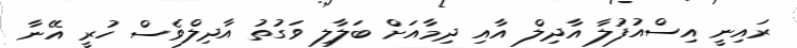
ރައިނީ އިސްއުފުލާ އާދިލް އާއި ދިމާއަށް ބަލާލި ވަގުތު އާދިލްވެސް ހުރީ އޭނާ